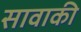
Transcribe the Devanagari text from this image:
सावाकी